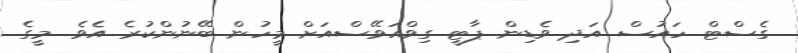
ގެސްޓް ހައުސް އަދި ވެޑިން ޕާޓީ ގިވްއަވޭސްއަށް މީހުން ބޭނުންކުރެ އެވެ. މީގެ